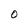
Character: O